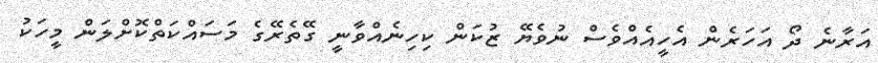
އަރާނެ ދޯ އަހަރެން އެހީއެއްވެސް ނުވެޔޭ ޒުކަން ކިހިނެއްވާނީ ގޭތެރޭގެ މަސައްކަތްކޮށްލަން މީހަކު